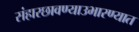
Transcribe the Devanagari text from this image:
संहारछावण्याउभारण्यात